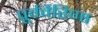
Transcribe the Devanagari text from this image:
पूर्ववैरिणा